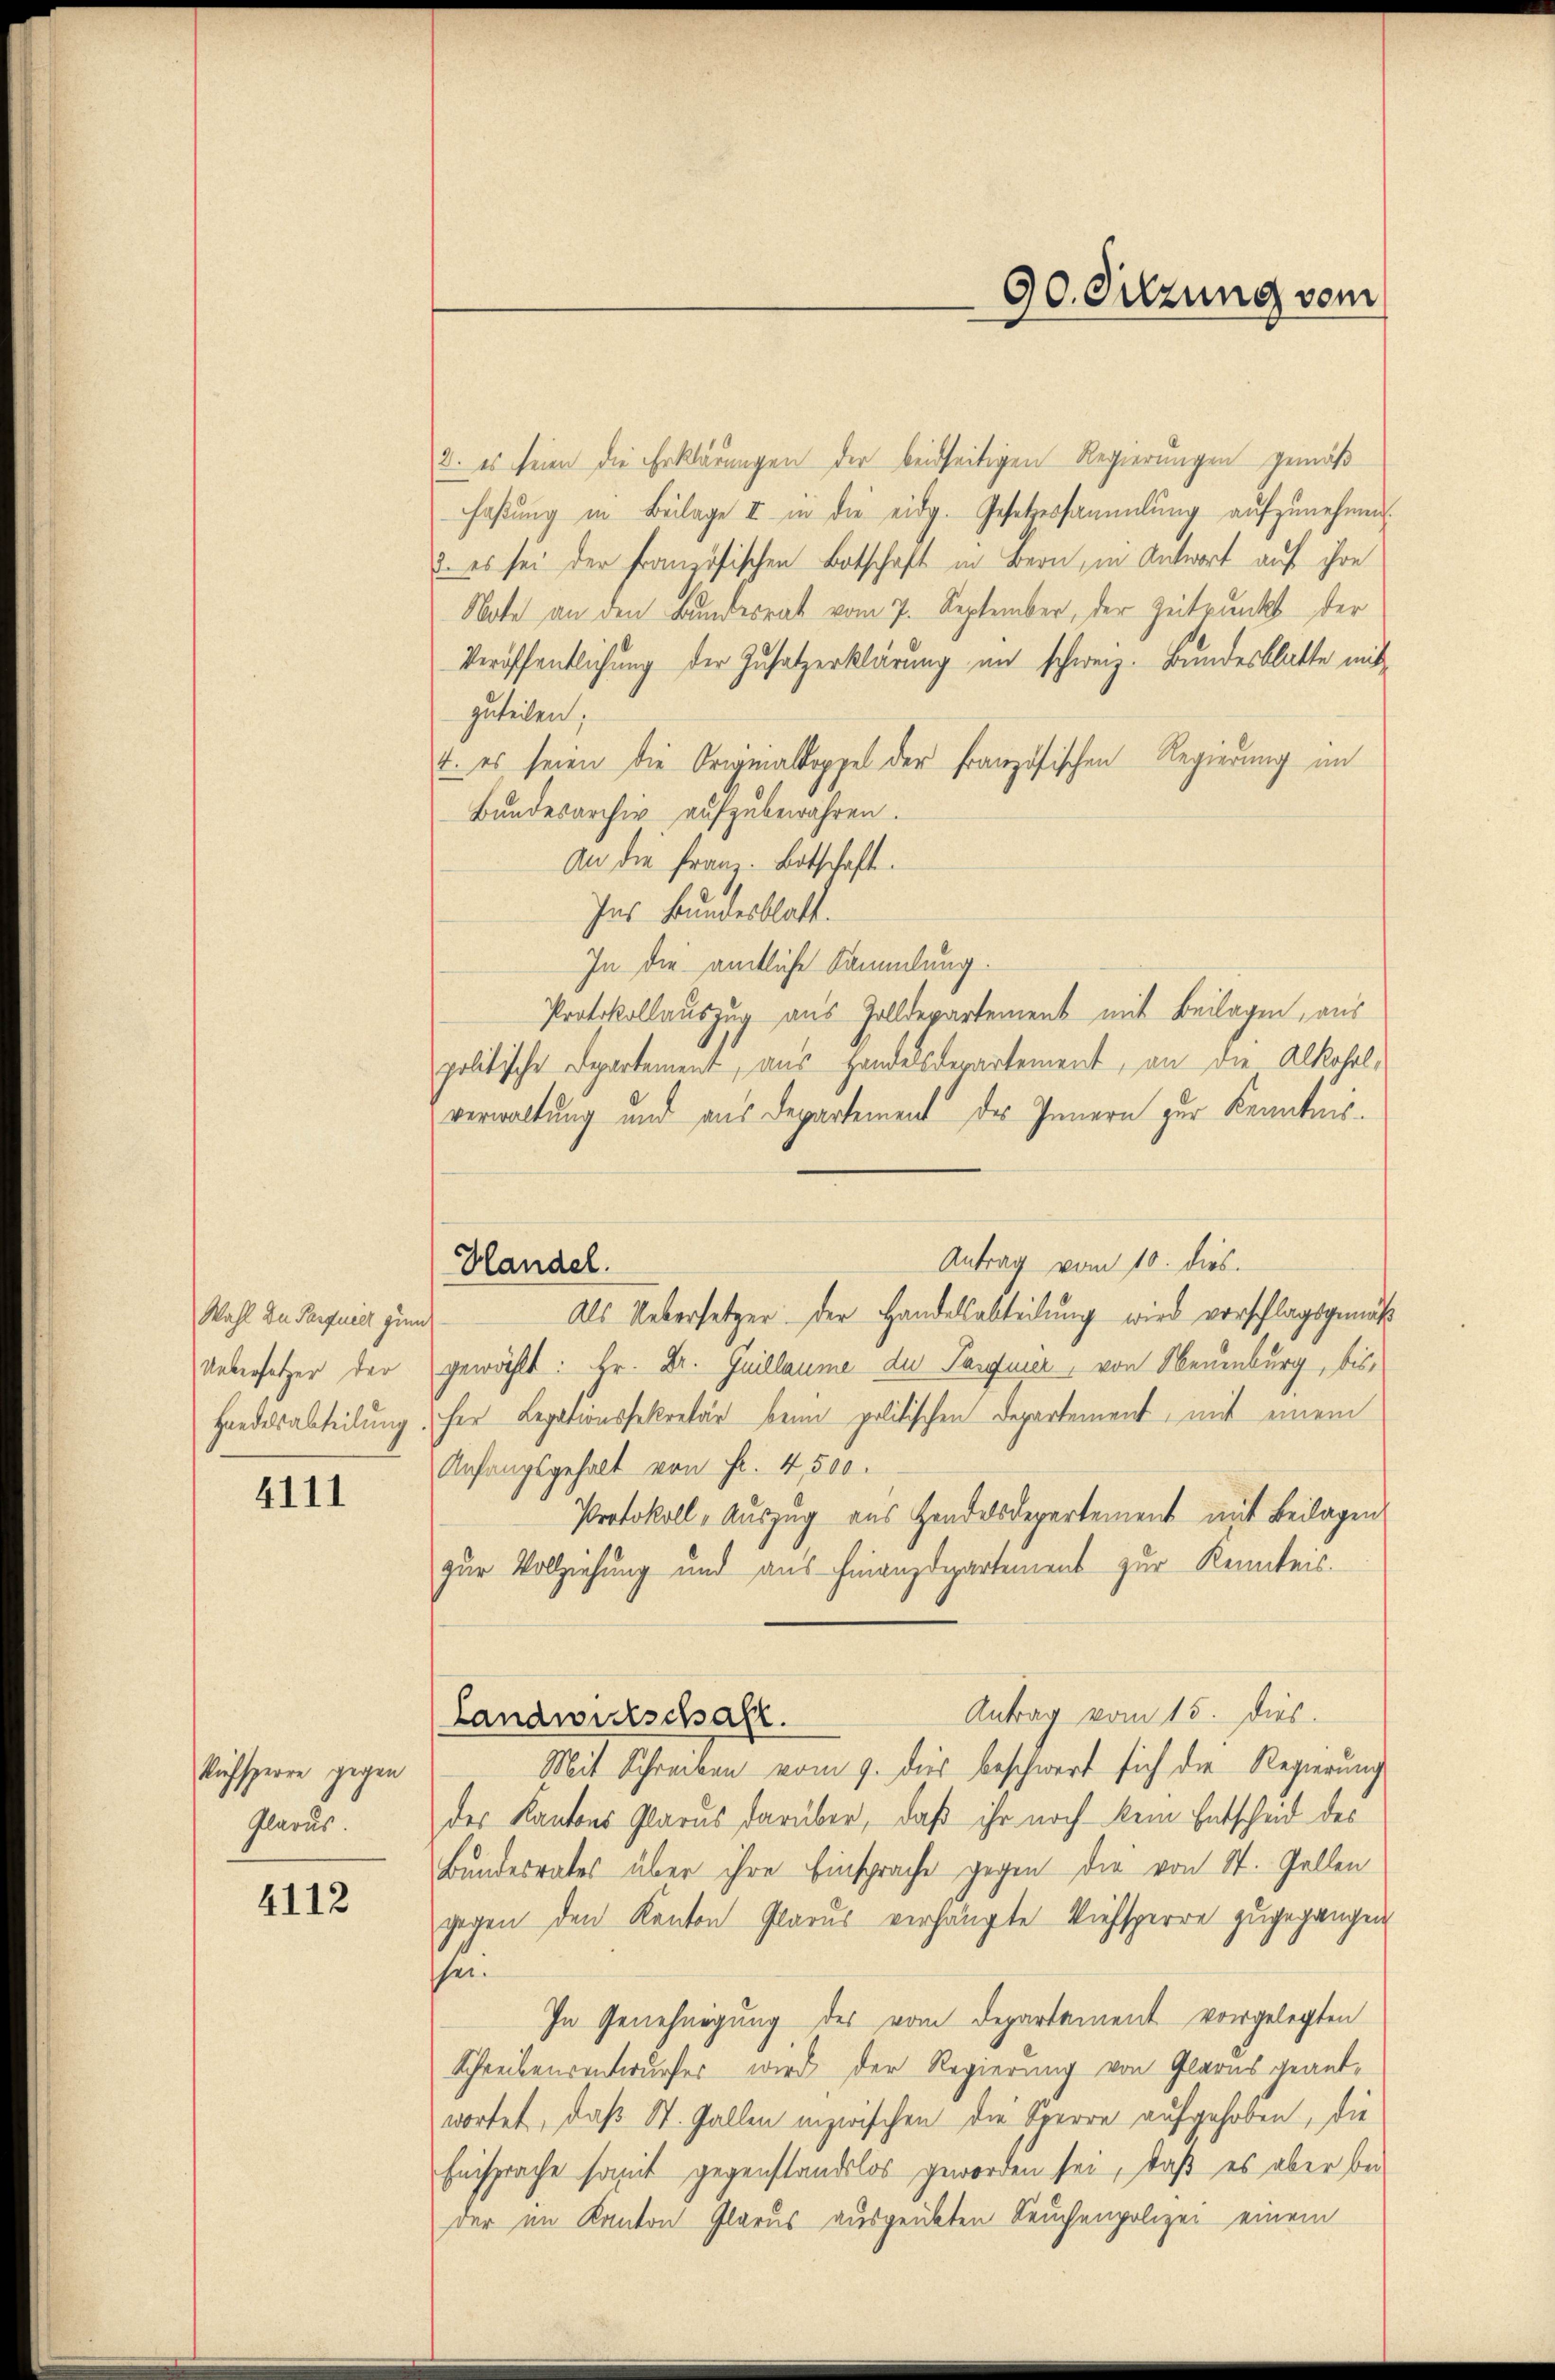
Wahl du Parquier zum
Uebersetzer der
Handelsabteilung

4111

kifsperre gegen
Glarus.

4112

Handel.

90. Sitzung vom

2. es seien die Erklärungen der beidseitigen Regierungen gemäß
haβŭng in Beilage II in die eidg. Gesetzessammlung aŭfzŭnehmen.
 es sei der französischen Botschaft in Bern, in Antwort auf ihre
Note an den Bundesrat vom 7. September, der Zeitpunkt der
Veröffentlichung der Zusatzerklärung in schweiz. Bundesblatte mitzuteilen;
4. es seien die Originaldoppel der Französischen Regierung im
Bundesarchiv aufzubewahren.
An die Franz. Botschaft.
Ins Bundesblatt.
In die amtliche Sammlung.
Protokollauszug aus Zolldepartement mit Beilagen, aus
politische Departement, aus Handelsderartement, an die Alkoholverwaltung und aus Departement des Innern zur Kenntnis¬
Antrag vom 10. dies.
Als Uebersetzer der Handelsabteilung wird vorschlagsgemäß
gewählt: Hr. Dr. Guillaume du Pasquier, von Neuenburg, bis
her Legationssekretär beim politischen Departement, mit einem
Anfangsgehalt von Fr. 4, 500.
Protokoll-Auszug aus Handelsdepartement mit Beilagen
zur Vollziehung und aus Finanzdepartement zur Kenntnis.
Antrag vom 15. Dies
Landwirtschaft.
Mit Schreiben vom 9. dies beschwert sich die Regierung
des Kantons Glarus darüber, daß ihr noch kein Entscheid des
Bundesrates über ihre Einsprache gegen die von St. Gallen
gegen den Kanton Glarus verhängte Viehsperre zugegangen
hei.
In Genehmigung des vom Departement vorgelegten
Schreibensentwurfes wird der Regierung von Glarus geantwortet, daß St. Gallen inzwischen die Sperre aufgehoben, die
Einsprache somit gegenstandslos geworden sei, daß es aber bei
der im Kanton Glarus ausgeübten Seuchenpolizei einem